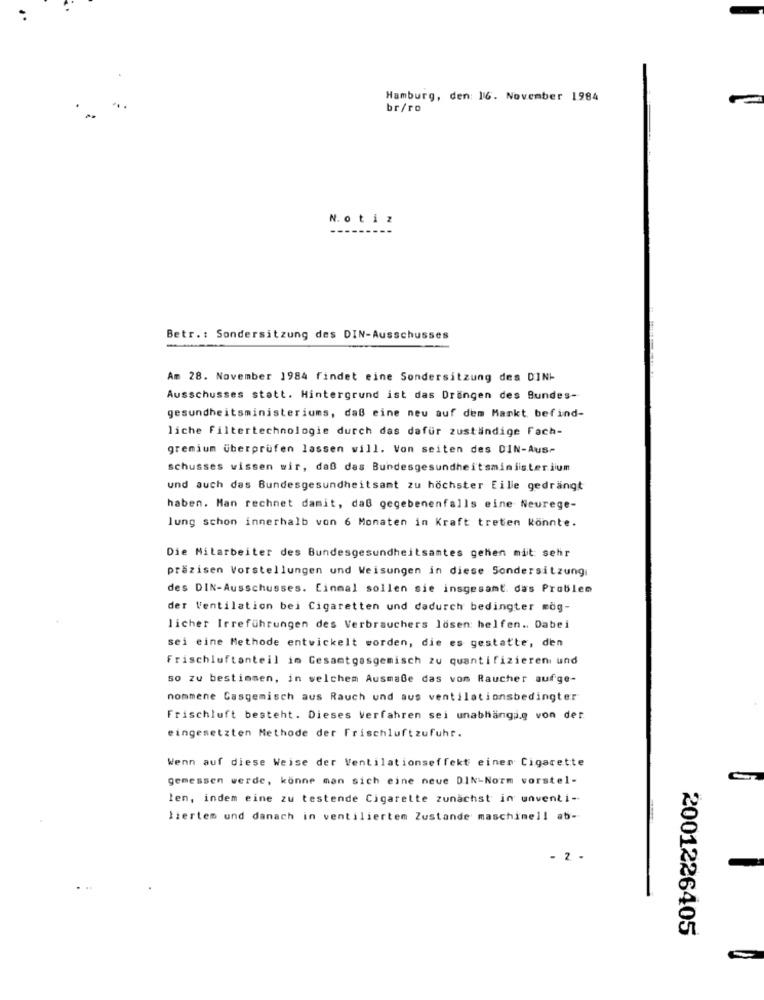
Hamburg, den: 16. November 1984
br/ro
N.otiz
Betr .: Sondersitzung des DIN-Ausschusses
Am 28. November 1984 findet eine Sondersitzung des DINI
Ausschusses statt. Hintergrund ist das Drängen des Bundes-
gesundheitsministeriums, daß eine neu auf dem Mankt befind-
liche filtertechnologie durch das dafür zuständige Fach-
gremium überprüfen lassen will. Von seiten des DIN-Aus-
schusses wissen wir, daß das Bundesgesundheitsministerium
und auch das Bundesgesundheitsamt zu höchster Eille gedrängt
haben. Man rechnet damit, daß gegebenenfalls eine Neurege-
lung schon innerhalb von 6 Monaten in Kraft treten Könnte.
Die Mitarbeiter des Bundesgesundheitsamtes gehen mit: sehr
präzisen Vorstellungen und Weisungen in diese Sondersitzung
des DIN-Ausschusses. Einmal sollen sie insgesamt. das Problem
der Ventilation bei Cigaretten und dadurch bedingter wog-
licher Irreführungen des Verbrauchers lösen: helfen .. Dabei
sei eine Methode entwickelt worden, die es gestatte, den
Frischluftanteil im Gesamtgasgemisch zu quantifizieren und
so zu bestimmen, in welchem Ausmaße das vom Raucher aufge-
nommene Casgemisch aus Rauch und aus ventilationsbedingter
Frischluft besteht. Dieses Verfahren sei unabhängig von der
eingesetzten Methode der Frischluftzufuhr.
Wenn auf diese Weise der Ventilationseffekt einer Cigarette
gemessen werde, könne man sich eine neue DIN-Norm vorstel-
len, indem eine zu testende Cigarette zunächst in unventi-
liertem und danach in ventiliertem Zustande maschinell ab-
- 2 .
2001226405